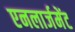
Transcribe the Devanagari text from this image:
एनलार्जमेंट